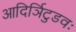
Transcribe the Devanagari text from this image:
आदिर्ञिटुडवः